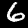
Label: 6